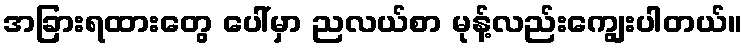
အခြားရထားတွေ ပေါ်မှာ ညလယ်စာ မုန့်လည်းကျွေးပါတယ်။